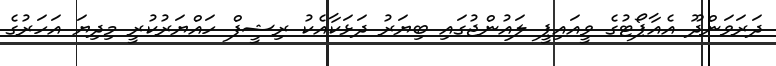
ދަރަވަންދޫ އެއާޕޯޓުގެ ވީއައިޕީ ލައުންޖުގައި ބިޔަރު ދަޅަކާއެކު ރިޝީފް ހައްޔަރުކުރީ މިދިޔަ އަހަރުގެ